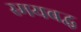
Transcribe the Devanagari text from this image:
स्मयबद्ध